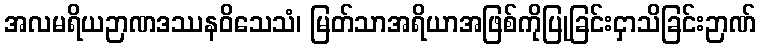
အလမရိယဉာဏဒဿနဝိသေသံ၊ မြတ်သာအရိယာအဖြစ်ကိုပြုခြင်းငှာသိခြင်းဉာဏ်